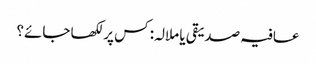
عافیہ صدیقی یا ملالہ: کس پر لکھا جائے؟